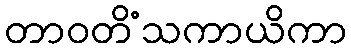
တာဝတိံသကာယိကာ